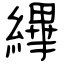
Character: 縪